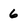
Character: 6